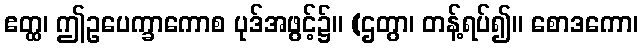
ဧတ္ထ၊ ဤဥပေက္ခာကောစ ပုဒ်အဖွင့်၌။ (ဌတွာ၊ တန့်ရပ်၍။ စောဒကော၊